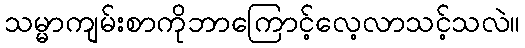
သမ္မာကျမ်းစာကိုဘာကြောင့်လေ့လာသင့်သလဲ။